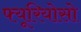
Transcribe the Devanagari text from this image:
फ्यूरियोसो